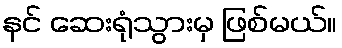
နင် ဆေးရုံသွားမှ ဖြစ်မယ်။